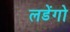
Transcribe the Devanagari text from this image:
लडेंगो